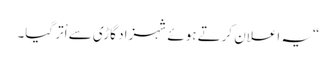
“یہ اعلان کرتے ہوئے شہزاد گاڑی سے اْتر گیا۔